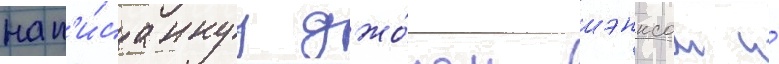
нап'и́саннуу джо́ном шэнксом и́